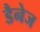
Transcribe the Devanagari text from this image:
डैनेज